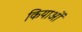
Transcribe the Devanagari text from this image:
कियाओं